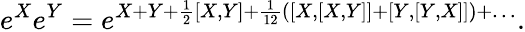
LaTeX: e^{X}e^{Y}=e^{X+Y+\frac{1}{2}[X,Y]+\frac{1}{12}([X,[X,Y]]+[Y,[Y,X]])+\dots}.